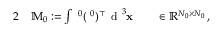
\begin{array} { r l r l } { { 2 } } & { { } \mathbb { M } _ { 0 } : = \int { \mathbf \Lambda ^ { 0 } } ( { \mathbf \Lambda ^ { 0 } } ) ^ { \top } \, \textnormal { d } ^ { 3 } { \mathbf x } } & { } & { { } \in \mathbb R ^ { N _ { 0 } \times N _ { 0 } } \, , } \end{array}